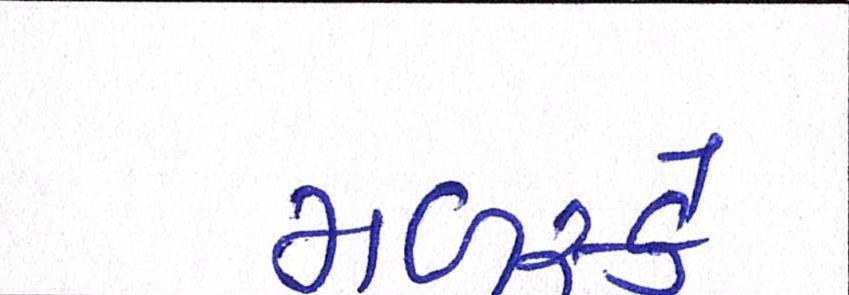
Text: મળસ્કે